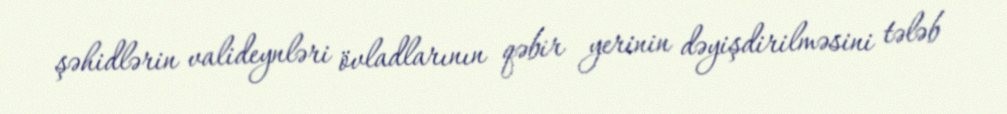
şəhidlərin valideynləri övladlarının qəbir yerinin dəyişdirilməsini tələb